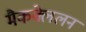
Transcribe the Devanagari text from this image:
मैकक्लेलन